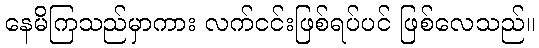
နေမိကြသည်မှာကား လက်ငင်းဖြစ်ရပ်ပင် ဖြစ်လေသည်။